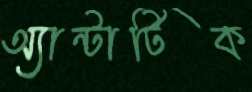
অ্যান্টার্টিক